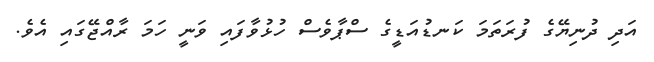
އަދި ދުނިޔޭގެ ފުރަތަމަ ކަނޑުއަޑީގެ ސްޕާވެސް ހުޅުވާފައި ވަނީ ހަމަ ރާއްޖޭގައި އެވެ.